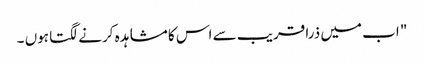
" اب میں ذرا قریب سے اس کا مشاہدہ کرنے لگتا ہوں ۔